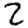
Digit: 2